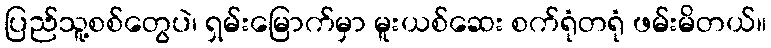
ပြည်သူ့စစ်တွေပဲ၊ ရှမ်းမြောက်မှာ မူးယစ်ဆေး စက်ရုံတရုံ ဖမ်းမိတယ်။